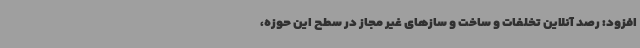
افزود: رصد آنلاین تخلفات و ساخت و سازهای غیر مجاز در سطح این حوزه،